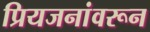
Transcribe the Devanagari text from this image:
प्रियजनांवरून